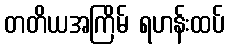
တတိယအကြိမ် ရဟန်းထပ်